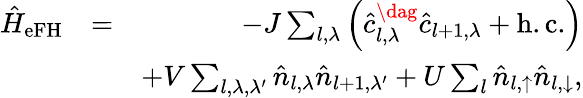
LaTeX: \begin{array}{rlr}{\hat{H}_{\mathrm{eFH}}}&{=}&{-J\sum_{l,\lambda}\left(\hat{c}_{l,\lambda}^{\dag}\hat{c}_{l+1,\lambda}+\mathrm{h.c.}\right)}\\ &{}&{+V\sum_{l,\lambda,\lambda^{\prime}}\hat{n}_{l,\lambda}\hat{n}_{l+1,\lambda^{\prime}}+U\sum_{l}\hat{n}_{l,\uparrow}\hat{n}_{l,\downarrow},}\end{array}